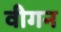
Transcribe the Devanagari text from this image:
वीगन